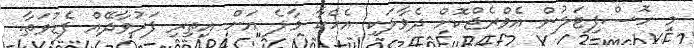
މި ހޮސްޕިޓަލުން އެވްރެޖްކޮށް ދެވާލަކި އެހެކާ މާލެ އަށް އިތިރި ފަރުވާދޭއް ފެޑުވަތާ.